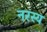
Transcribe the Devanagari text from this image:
नरस्य